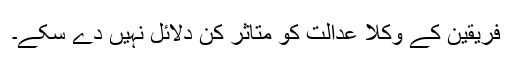
فریقین کے وکلا عدالت کو متاثر کُن دلائل نہیں دے سکے۔